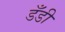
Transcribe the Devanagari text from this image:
डँडी